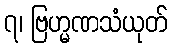
၇၊ ဗြဟ္မဏသံယုတ်